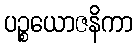
ပဉ္စယောဇနိကာ